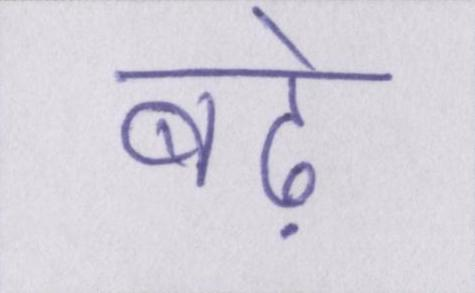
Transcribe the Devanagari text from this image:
बढ़े